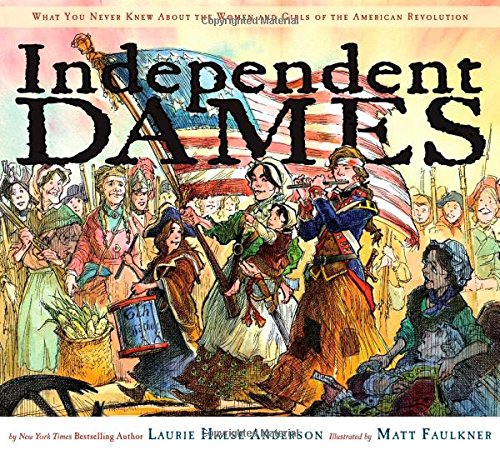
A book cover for Independent Dames: What You Never Knew About the Women and Girls of the American Revolution; Laurie Halse Anderson; Children's Books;